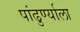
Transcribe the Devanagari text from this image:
पांढुर्ण्याला